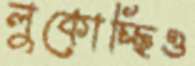
লুকোচ্ছিও